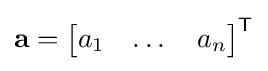
\mathbf {a} ={\begin{bmatrix}a_{1}&\dots &a_{n}\end{bmatrix}}^{\textsf {T}}